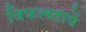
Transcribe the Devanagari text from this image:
विफलतायें